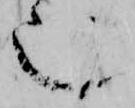
也